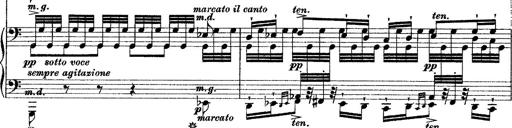
Title: Grande fantasie di bravura sur La clochette
Composer: Franz Liszt
Key: A minor